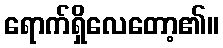
ရောက်ရှိလေတော့၏။